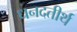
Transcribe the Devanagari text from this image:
धनदतीर्थ